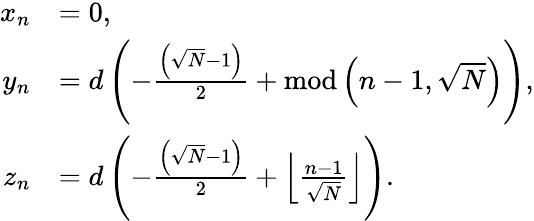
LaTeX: \begin{array}{rl}{x_{n}}&{=0,}\\ {y_{n}}&{=d\left(-\frac{\left(\sqrt{N}-1\right)}{2}+\textrm{mod}\left(n-1,\sqrt{N}\right)\right),}\\ {z_{n}}&{=d\left(-\frac{\left(\sqrt{N}-1\right)}{2}+\left\lfloor\frac{n-1}{\sqrt{N}}\right\rfloor\right).}\end{array}